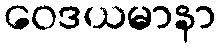
ဝေဒယမာနာ